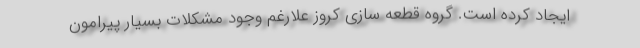
ایجاد کرده است. گروه قطعه سازی کروز علارغم وجود مشکلات بسیار پیرامون